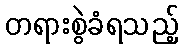
တရားစွဲခံရသည့်